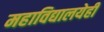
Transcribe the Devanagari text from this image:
महाविद्यालयेही